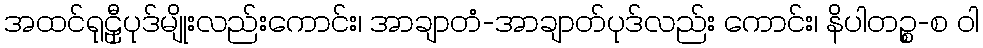
အထင်ရုဠှီပုဒ်မျိုးလည်းကောင်း၊ အာချာတံ-အာချာတ်ပုဒ်လည်း ကောင်း၊ နိပါတဉ္စ-စ ဝါ